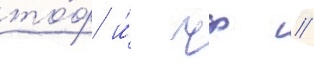
то́ф и́ чф /